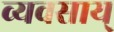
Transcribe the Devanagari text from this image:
व्यवसाय्